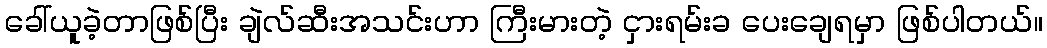
ခေါ်ယူခဲ့တာဖြစ်ပြီး ချဲလ်ဆီးအသင်းဟာ ကြီးမားတဲ့ ငှားရမ်းခ ပေးချေရမှာ ဖြစ်ပါတယ်။